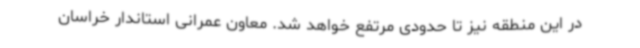
در این منطقه نیز تا حدودی مرتفع خواهد شد. معاون عمرانی استاندار خراسان